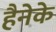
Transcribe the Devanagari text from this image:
हैनेके